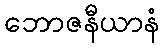
ဘောဇနီယာနံ